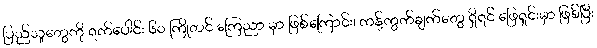
ပြည်သူတွေကို ရက်ပေါင်း ၆၀ ကြိုတင် ကြေညာ မှာ ဖြစ်ကြောင်း၊ ကန့်ကွက်ချက်တွေ ရှိရင် ဖြေရှင်းမှာ ဖြစ်ပြီး